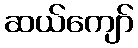
ဆယ်ကျော်